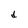
Character: d